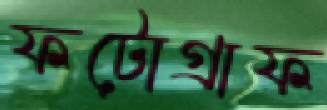
ফটোগ্রাফ